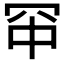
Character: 𪞑